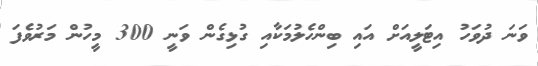
ވަނަ ދުވަހު އިޓަލީއަށް އައި ބިންހެލުމަކާއި ގުޅިގެން ވަނީ 300 މީހުން މަރުވެފަ